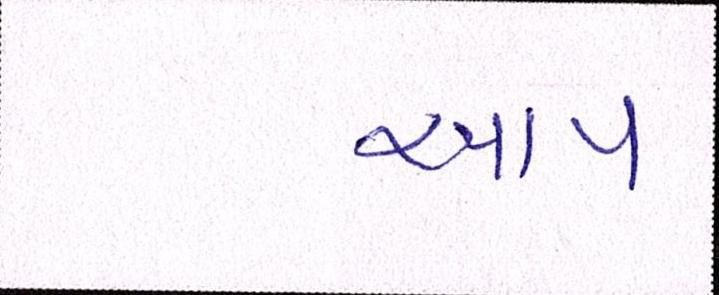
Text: આપ